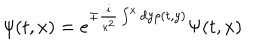
\psi ( t , x ) = e ^ { \mp \frac { i } { \kappa ^ { 2 } } \int ^ { x } d y \rho ( t , y ) } \Psi ( t , x )